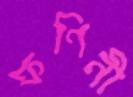
ফণিনী